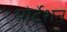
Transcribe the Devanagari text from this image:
पोर्टेशन